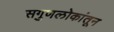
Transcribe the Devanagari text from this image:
सगुणलोकांतून